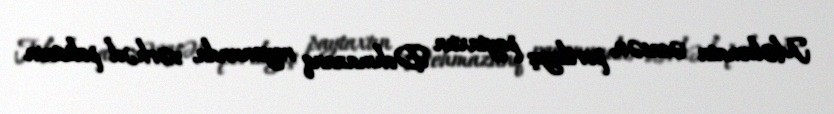
Məlumata əsasən, pertlayış paytaxtın Dehmazanq rayonunda, sərhəd polisinin